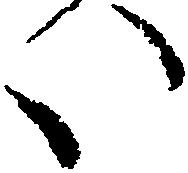
い